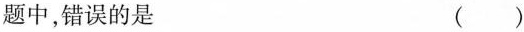
题中，错误的是 ( )